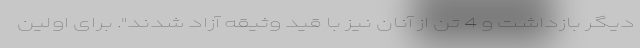
دیگر بازداشت و 4 تن از آنان نیز با قید وثیقه آزاد شدند". برای اولین